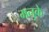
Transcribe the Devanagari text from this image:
मनुके